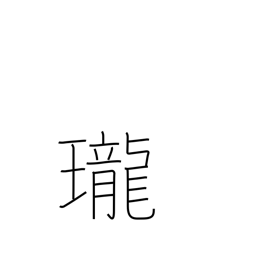
Meaning: clarity